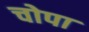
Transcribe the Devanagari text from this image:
चोपा